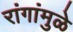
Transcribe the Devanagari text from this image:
रांगांमुळे